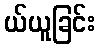
ယ်ယူခြင်း